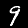
Digit: 9